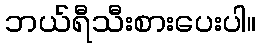
ဘယ်ရီသီးစားပေးပါ။